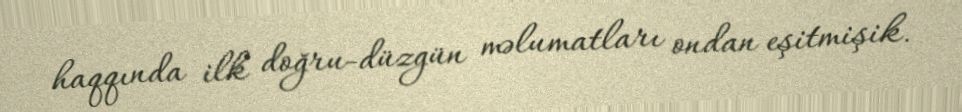
haqqında ilk doğru-düzgün məlumatları ondan eşitmişik.